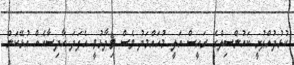
ކުޅުދުއްފުށީ ކައުންސިލްގެ ރައީސް އަލީ މުހައްމަދު ވެސް ވިދާޅުވީ އެފަދަ ހާދިސާއެއް އުޅޭކަން